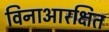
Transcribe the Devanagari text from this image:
विनाआरक्षित